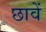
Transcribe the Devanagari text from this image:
छावें